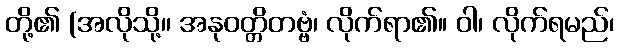
တို့၏ (အလိုသို့။ အနုဝတ္တိတဗ္ဗံ၊ လိုက်ရာ၏။ ဝါ၊ လိုက်ရမည်၊